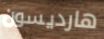
هارديسون